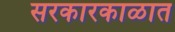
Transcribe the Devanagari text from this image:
सरकारकाळात